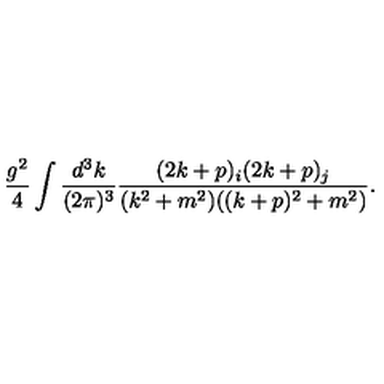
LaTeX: \frac { g ^ { 2 } } { 4 } \int \frac { d ^ { 3 } k } { ( 2 \pi ) ^ { 3 } } \frac { ( 2 k + p ) _ { i } ( 2 k + p ) _ { j } } { ( k ^ { 2 } + m ^ { 2 } ) ( ( k + p ) ^ { 2 } + m ^ { 2 } ) } .